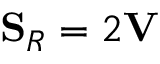
\mathbf { S } _ { R } = 2 \mathbf { V }